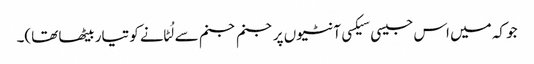
جو کہ میں اس جیسی سیکسی آنٹیوں پر جنم جنم سے لُٹانے کو تیار بیٹھا تھا)۔